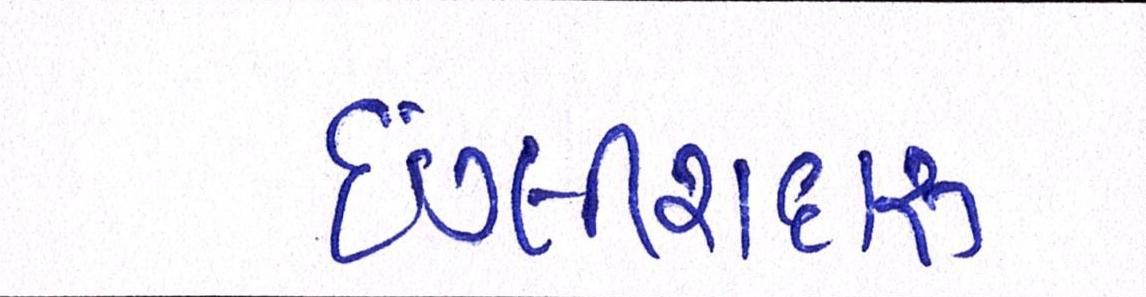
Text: ઇંગ્લીશદારૂ